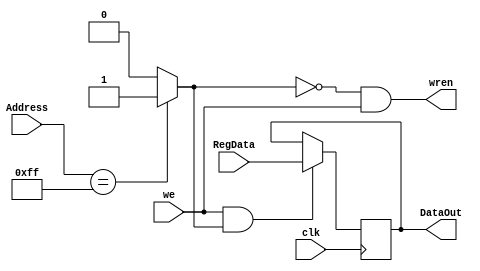
module Parallel_OUT (input [7:0]Address, RegData,
								input clk, we, 
								output reg [7:0]DataOut, 
								output wren);
wire fioA, fioB;

assign fioA = (Address == 8'hFF)?1:0;
assign wren = (~fioA) & we;
assign fioB = we & fioA;
	always@(posedge clk) 
	begin
		if (fioB == 1)
			DataOut = RegData;
	end

endmodule